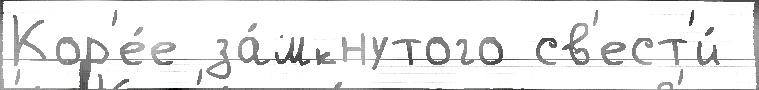
Кор'е́е за́мкнутого св'ест'и́